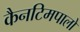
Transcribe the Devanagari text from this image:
कैनटिमपालो